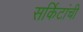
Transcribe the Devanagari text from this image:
सर्किटांची